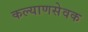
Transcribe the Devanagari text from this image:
कल्याणसेवक